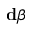
\mathbf { d } \beta